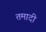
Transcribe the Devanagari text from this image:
तमादी